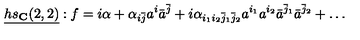
\underline { { h s _ { \bf C } ( 2 , 2 ) } } : f = i \alpha + \alpha _ { i \bar { j } } a ^ { i } \bar { a } ^ { \bar { j } } + i \alpha _ { i _ { 1 } i _ { 2 } \bar { j } _ { 1 } \bar { j } _ { 2 } } a ^ { i _ { 1 } } a ^ { i _ { 2 } } \bar { a } ^ { \bar { j } _ { 1 } } \bar { a } ^ { \bar { j } _ { 2 } } + \ldots